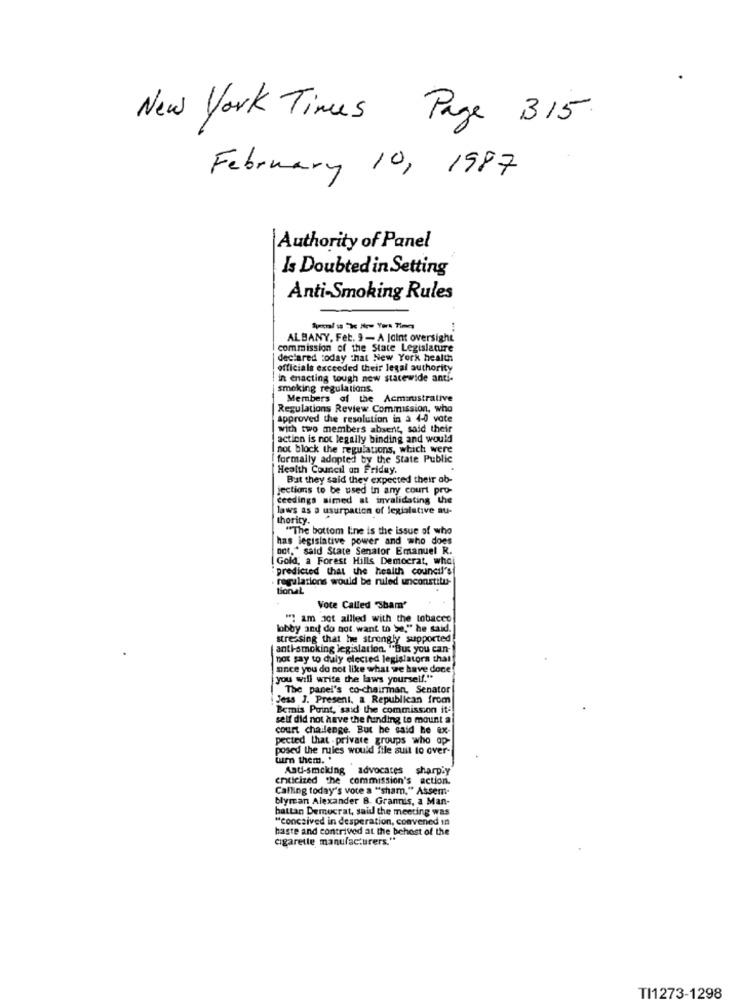
New York Times Page 315.
February 10, 1987
Authority of Panel
Is Doubted in Setting
Anti-Smoking Rules
ALBANY, Fet. 9 - A Joint oversight
commission of the State Legislature
declared today that New York health
officials exceeded their legal authority
in enacting tough new statewide anti-
smoking regulations.
Members of the Acmaustrative
Regulations Review Commission, who
Approved the resolution in a 4-0 vote
with two members absent, said their
action is not legally binding and would
not block the regulations, which were
formally adopted by the State Public
Health Council on Friday.
But they said they expected their ab-
jections to be used in any court pro-
ceedings simed at invalidating the
laws as a usurpation of legislative au-
thority.
"The bottom Line is the issue of who
has legislative power and who does
not," said State Senator Emanuel R.
Gold, a Forest Hills Democrat, who
predicted that the health council's
regulations would be ruled unconstitu-
tional
Vote Called "sham'
"" am not allled with the tobacco
lobby and do not want to >e," he said.
stressing that he strongly supported
anti-smoking legislation. "But you can-
not say to duly elected legislators chat
ance you do not like what we have done
you will write the laws yourself."
(The panel's co-chairman, Senator
Jess J. Present, a Republican from
Bemis Point, said the commission it-
self did not have the funding to mount a
court challenge. But he said he ex-
pected that . private groups who op-
posed the rules would file suit to over-
turn them. .
Asdi-smoking advocates sharp.y
enticized the commission's action.
Calling today's voce a "sham," Assem-
blyman Alexander B. Grannis, a Man-
battan Democrat, said the meeting was
"conceived in desperation, convened in
haste and contrived at the behest of the
cigarette manufacturers."
TI1273-1298